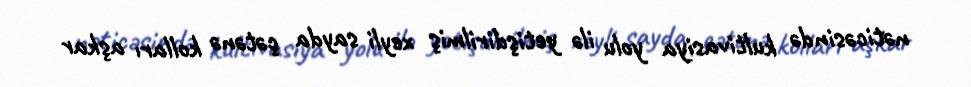
nəticəsində kultivasiya yolu ilə yetişdirilmiş xeyli sayda çətənə kolları aşkar